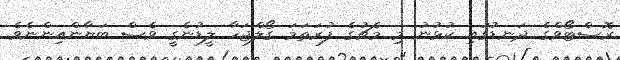
ރޮސްޓޯވްގެ ދަނޑުގައި ކުޅުނު މި މެޗުގެ ފުރަތަމަ ގޯލްޖަހާ ލީޑުނެގީ ވެސް ބަޔާންއިންނެވެ.